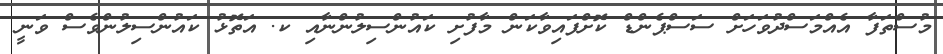
މުސްތަފާ އެއްމަސްދުވަހަށް ސަސްޕެންޑް ކޮށްފައިވާކަން މާފުށި ކައުންސިލުންނާއި ކ. އަތޮޅު ކައުންސިލުންވެސް ވަނީ